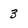
Character: 3